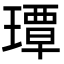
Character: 㻼